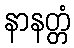
နာနတ္တံ